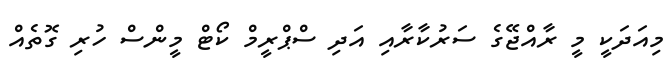
މިއަދަކީ މީ ރާއްޖޭގެ ސަރުކާރާއި އަދި ސްޕްރީމް ކޯޓް މީންސް ހުރި ގޮތެއް